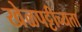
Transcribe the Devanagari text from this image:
खेळपट्टीच्यता